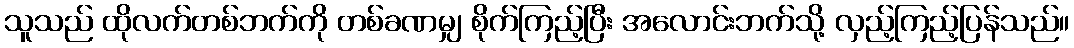
သူသည် ထိုလက်တစ်ဘက်ကို တစ်ခဏမျှ စိုက်ကြည့်ပြီး အလောင်းဘက်သို့ လှည့်ကြည့်ပြန်သည်။